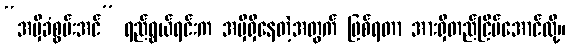
“အမှီခံစွမ်းအင်” ရည်ရွယ်ရင်းက အမှီရှိနေတဲ့အတွက် ဖြစ်ရတာ အားရှိတည်ငြိမ်အောင်လို့။